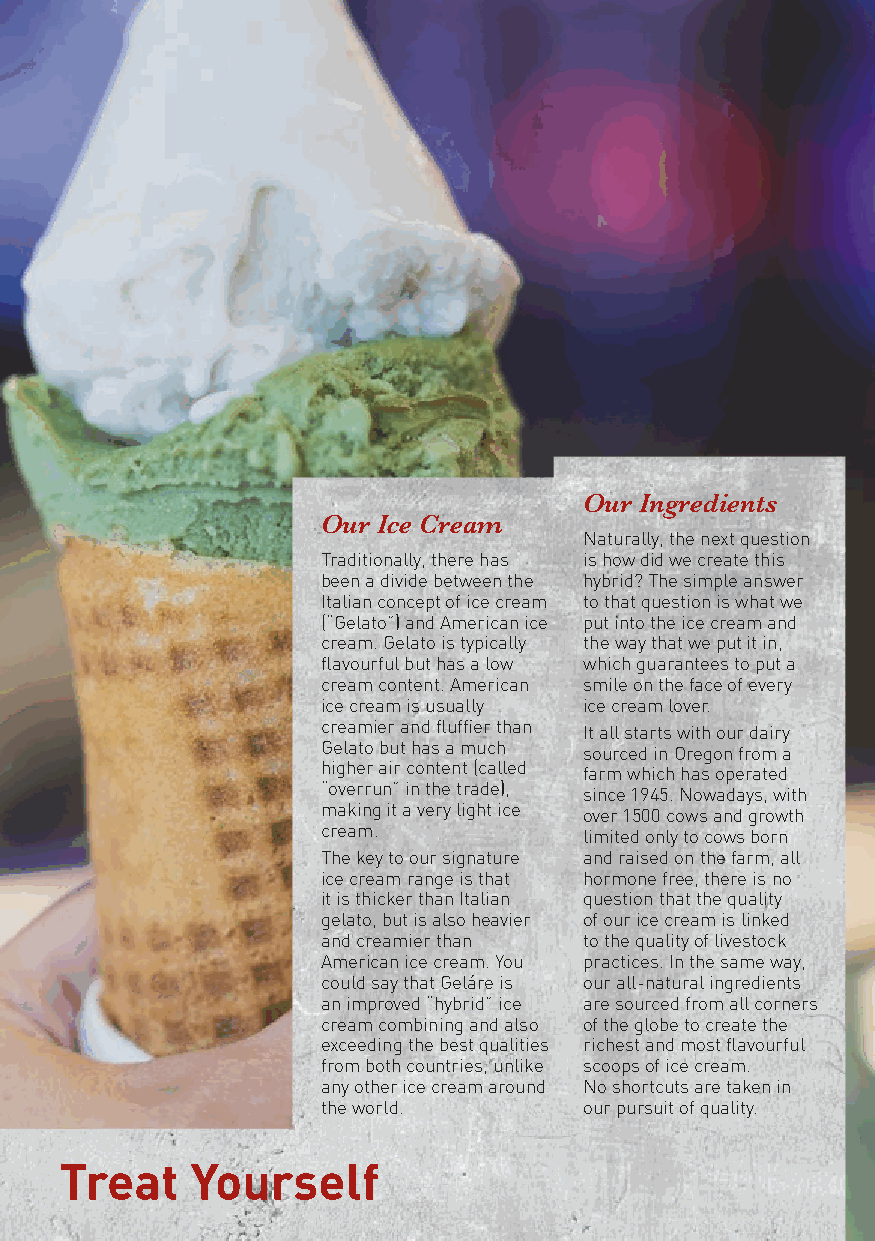
Our Ingredients
 Our Ice Cream
 Naturally, the next question
 Traditionally, there has is how did we create this
 been a divide between the hybrid? The simple answer
 Italian concept of ice cream to that question is what we
 (“Gelato”) and American ice put into the ice cream and
 cream. Gelato is typically the way that we put it in,
 flavourful but has a low which guarantees to put a
 cream content. American smile on the face of every
 ice cream is usually ice cream lover.
 creamier and fluffier than It all starts with our dairy
 Gelato but has a much sourced in Oregon from a
 higher air content (called farm which has operated
 “overrun” in the trade), since 1945. Nowadays, with
 making it a very light ice over 1500 cows and growth
 cream.            limited only to cows born
 The key to our signature and raised on the farm, all
 ice cream range is that hormone free, there is no
 it is thicker than Italian question that the quality
 gelato, but is also heavier of our ice cream is linked
 and creamier than to the quality of livestock
 American ice cream. You practices. In the same way,
 could say that Geláre is our all-natural ingredients
 an improved “hybrid” ice are sourced from all corners
 cream combining and also of the globe to create the
 exceeding the best qualities richest and most flavourful
 from both countries, unlike scoops of ice cream.
 any other ice cream around No shortcuts are taken in
 the world.        our pursuit of quality.
 Treat    Yourself